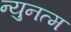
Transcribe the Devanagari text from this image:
न्युनत्म